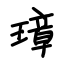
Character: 璋